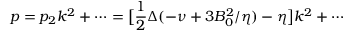
p = p _ { 2 } k ^ { 2 } + \cdots = \bigl [ \frac { 1 } { 2 } \Delta ( - \nu + 3 B _ { 0 } ^ { 2 } / \eta ) - \eta \bigr ] k ^ { 2 } + \cdots